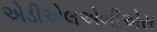
એડીએલએબીએસ